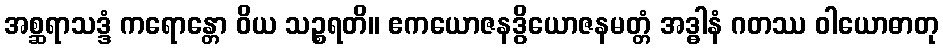
အစ္ဆရာသဒ္ဒံ ကရောန္တော ဝိယ သဉ္စရတိ။ ဧကယောဇနဒွိယောဇနမတ္တံ အဒ္ဓါနံ ဂတဿ ဝါယောဓာတု